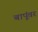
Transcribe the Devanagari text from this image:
बापूंवर